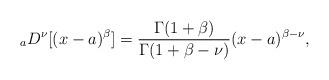
LaTeX: \begin{align*}_aD^\nu [(x-a)^{\beta}]=\dfrac{\Gamma(1+\beta)}{\Gamma(1+\beta-\nu)}(x-a)^{\beta-\nu},\end{align*}